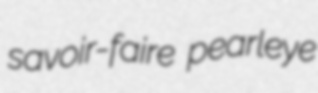
savoir-faire pearleye